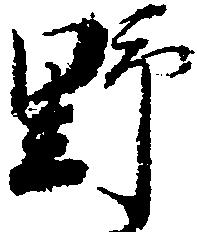
野